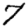
Digit: 7